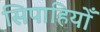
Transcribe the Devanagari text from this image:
सिपाहियोँ